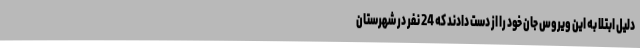
دلیل ابتلا به این ویروس جان خود را از دست دادند که 24 نفر در شهرستان